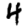
Digit: 4